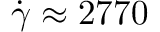
\Dot { \gamma } \approx 2 7 7 0